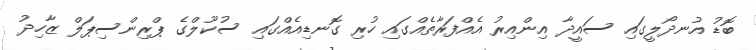
ބޮޑު އުނދޯލީގައި ސައީދާ އިންއިރު އެއްފަރާތެއްގައި ހުރި ގޮނޑިއެއްގައި ސުކޫލްގެ ޕްރިންސިޕަލް ޒާހިދު